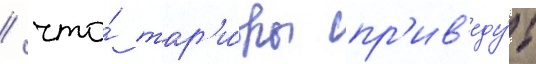
/ что́ тар'и́фы пр'ив'еду́т